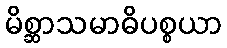
မိစ္ဆာသမာဓိပစ္စယာ